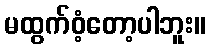
မထွက်ဝံ့တော့ပါဘူး။